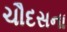
ચૌદસના